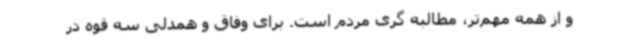
و از همه مهم‌تر، مطالبه گری مردم است. برای وفاق و همدلی سه قوه در